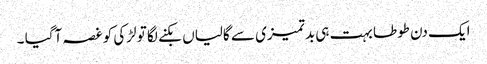
ایک دن طوطا بہت ہی بدتمیزی سے گالیاں بکنے لگا تو لڑکی کو غصہ آگیا ۔